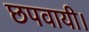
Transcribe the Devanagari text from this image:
छपवायी।